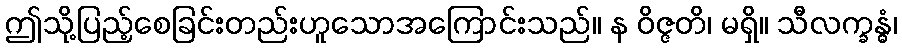
ဤသို့ပြည့်စေခြင်းတည်းဟူသောအကြောင်းသည်။ န ဝိဇ္ဇတိ၊ မရှိ။ သီလက္ခန္ဓံ၊